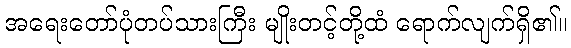
အရေးတော်ပုံတပ်သားကြီး မျိုးတင့်တို့ထံ ရောက်လျက်ရှိ၏။